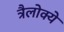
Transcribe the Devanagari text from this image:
त्रैलोक्ये